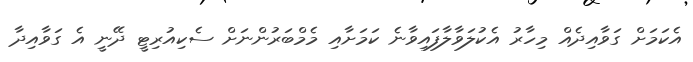
އެކަމަށް ގަވާއިދެއް މިހާރު އެކުލަވާލާފައިވާނެ ކަމަށާއި މެމްބަރުންނަށް ސެކިއުރިޓީ ދޭނީ އެ ގަވާއިދާ